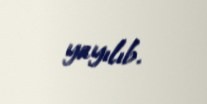
yayılıb.